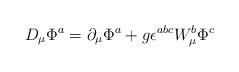
LaTeX: \begin{align*}D_{\mu} \Phi ^a = \partial _{\mu} \Phi ^a + g \epsilon ^{abc}W_{\mu} ^b \Phi ^c\end{align*}